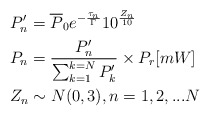
\begin{align*}&P^{\prime}_n = \overline{P}_0 e^{-\frac{\tau_n}{\Gamma}} 10^{\frac{Z_n}{10}}\\ &P_n = \frac{P^{\prime}_n}{\sum^{k=N}_{k=1} P^{\prime}_k}\times P_r [mW]\\ &Z_n \sim N(0,3 ),n = 1, 2, ... N\end{align*}